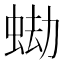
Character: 蜐